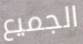
الجميع